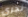
نجرى